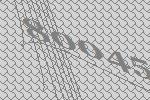
80045